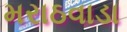
મરાઠવાડા